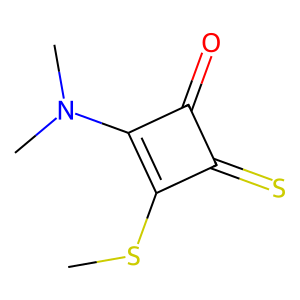
SMILES: CSc1c(N(C)C)c(=O)c1=S
Inhibits HIV replication: No